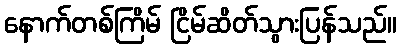
နောက်တစ်ကြိမ် ငြိမ်ဆိတ်သွားပြန်သည်။